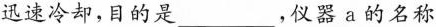
迅速冷却，目的是___，仪器a的名称